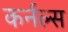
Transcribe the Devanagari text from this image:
कर्नल्‍स